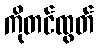
ကိုတင်ထွတ်